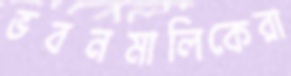
ভবনমালিকেরা